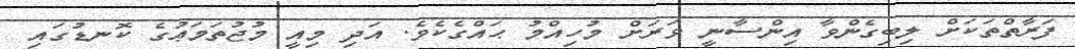
ފަރާތްތަކަށް ލިބިގެންވާ އިންސާނީ ވަރަށް މުހިއްމު ޙައްގެކެވެ. އަދި މިއީ މުޖުތަމަޢުގެ ކޮނޑުގައި